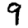
Digit: 9